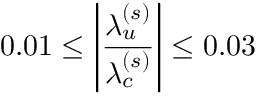
0 . 0 1 \leq \left| \frac { \lambda _ { u } ^ { ( s ) } } { \lambda _ { c } ^ { ( s ) } } \right| \leq 0 . 0 3